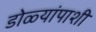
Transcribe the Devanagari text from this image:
डोळ्यांपाशी